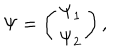
\Psi = \left( \begin{array} { c } { { \Psi _ { 1 } } } \\ { { \Psi _ { 2 } } } \\ \end{array} \right) ,